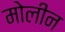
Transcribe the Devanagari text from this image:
मोलीन